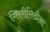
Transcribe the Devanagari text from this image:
ग्लिरीसिडीआ